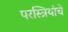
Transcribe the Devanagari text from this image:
परस्त्रियांचे